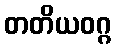
တတိယဝဂ္ဂ